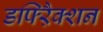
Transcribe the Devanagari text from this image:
डफ्ऱैिक्शन